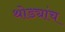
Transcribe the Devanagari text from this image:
थोड्यांच